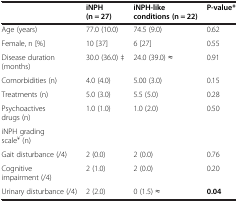
<table><thead><tr><td><b> </b></td><td><b>iNPH (n = 27)</b></td><td><b>iNPH-like conditions (n = 22)</b></td><td><b>P-value*</b></td></tr></thead><tbody><tr><td>Age (years)</td><td>77.0 (10.0)</td><td>74.5 (9.0)</td><td>0.62</td></tr><tr><td>Female, n [%]</td><td>10 [37]</td><td>6 [27]</td><td>0.55</td></tr><tr><td>Disease duration (months)</td><td>30.0 (36.0) ‡</td><td>24.0 (39.0) ≈</td><td>0.91</td></tr><tr><td>Comorbidities (n)</td><td>4.0 (4.0)</td><td>5.00 (3.0)</td><td>0.15</td></tr><tr><td>Treatments (n)</td><td>5.0 (3.0)</td><td>5.5 (5.0)</td><td>0.28</td></tr><tr><td>Psychoactives drugs (n)</td><td>1.0 (1.0)</td><td>1.0 (2.0)</td><td>0.50</td></tr><tr><td>iNPH grading scale<sup>¥</sup> (n)</td><td> </td><td> </td><td> </td></tr><tr><td>Gait disturbance (/4)</td><td>2 (0.0)</td><td>2 (0.0)</td><td>0.76</td></tr><tr><td>Cognitive impairment (/4)</td><td>2 (1.0)</td><td>2 (0.0)</td><td>0.20</td></tr><tr><td>Urinary disturbance (/4)</td><td>2 (2.0)</td><td>0 (1.5) ≈</td><td><b>0.04</b></td></tr></tbody></table>